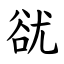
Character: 㞃